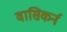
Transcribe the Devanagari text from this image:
वासिकर्न